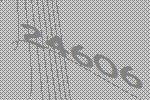
24606